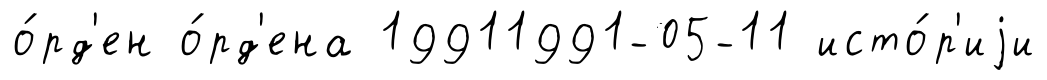
о́рд'ен о́рд'ена 19911991-05-11 исто́р'иjи